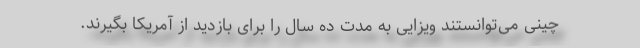
چینی می‌توانستند ویزایی به مدت ده سال را برای بازدید از آمریکا بگیرند.